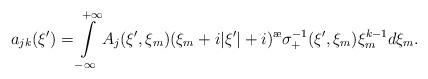
LaTeX: \begin{align*}a_{jk}(\xi')=\int\limits_{-\infty}^{+\infty}A_j(\xi',\xi_m)(\xi_m+i|\xi'|+i)^{\ae} \sigma^{-1}_+(\xi',\xi_m) \xi_m^{k-1}d\xi_m.\end{align*}